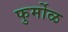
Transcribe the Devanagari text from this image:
फुर्मोळ